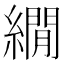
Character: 繝